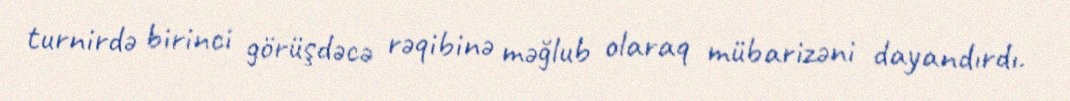
turnirdə birinci görüşdəcə rəqibinə məğlub olaraq mübarizəni dayandırdı.